Lock hospitals Punjab
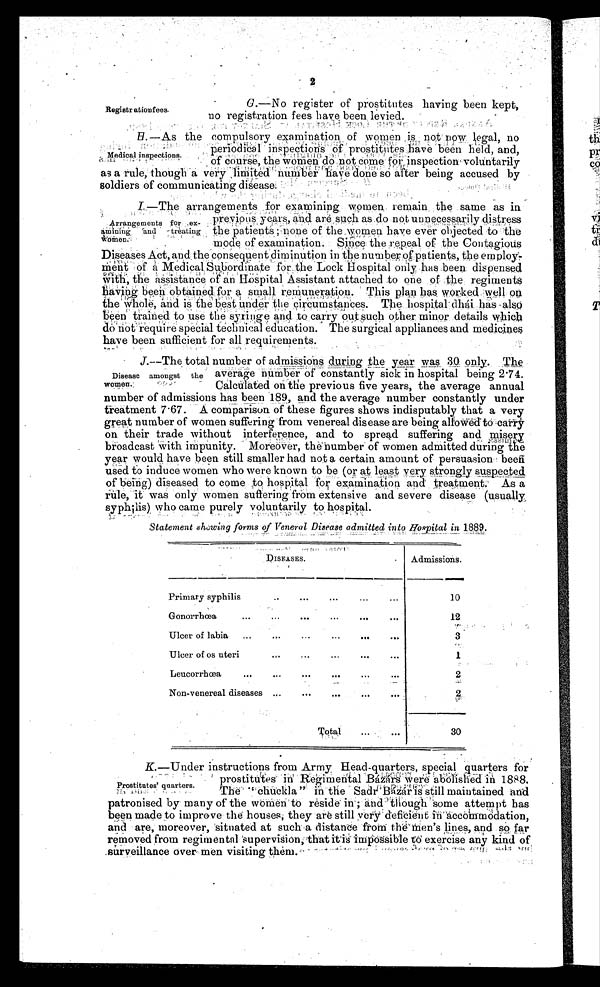
2
Registr ationfees.
G.—No register of prostitutes having been kept,
no registration fees have: been levied.
H.—As the compulsory examination of women not now legal, no
periodical inspections of prostitutes have been held, and,
of course, the women do not come for l inspection voluntarily
as a rule, though a very limited number have done so after being accused by
soldiers of communicating disease:
previous, years, and are such as do not unnecessarily distress
the patients none of the women have ever objected to the
mode of examination. Sin ce the repeal of the Contagious
Diseases Act, and the consequent diminution in the number of patients, the employ-
ment of a Medi cal Subordi nat e for t he Lock Hospi t al onl y has been di spensed
with, the assistance of an Hospital Assistant attached to one of the regiments
having been obtained for a small remuneration. This plan has worked well on
the whole, and is the best under the circumstances. The hospital . dhái has also
been trained to use the syringe and to carry out such other minor details which
do not require special technical education. The surgical appliances and medicines
have been sufficient for all requirements.
J.—The total number of admissions during the year was 30 only. The
average number of constantly sick in hospital being 2.74.
Calculated on the previous five years, the average annual
number of admissions has been 189, and the average number constantly under
treatment 7.67. A comparison of these figures shows indisputably that a very
great number of women suffering from venereal disease are being allowed to carry
on their trade without interference, and to spread suffering and misery
broadcast with impunity. Moreover, the number of women admitted during the
year would have been still smaller had not a certain amount of persuasion been
used to induce women who were known to be (or at least very strongly suspected
of being) diseased to come to hospital for examination and treatment. As a
rule, it was only women suffering from extensive and severe disease (usually
syphilis) who came purely voluntarily to hospital.
Statement showing forms of Veneral Disease admitted into Hospital in 1889.
DISEASES.
Admissions.
Primary syphilis
..
. . .
...
. . .
. . .
10
Gonorrhoea
..
. . .
. . .
...
. . .
...
12
Ulcer of labia
...
...
...
...
. . .
. . .
3
Ulcer of os uteri
. . .
...
...
. . .
. . .
1
Leucorrhcea
..
...
. . .
...
. . .
. . .
2
Non-venereal diseases ...
. . .
...
. . .
...
2
Total
30
K.—Under instructions from Army Head-quarters, special quarters for
prostitutes in Regimental Bázárs were abolished in 1888.
The. " chuckla " in the Sadr Bazar is still maintained and
patronised by many of the women to reside in . ; and though some attempt has
been made to improve the houses, they are still very deficient in accodmmdation,
and are, moreover, situated at such a distance from the men's lines, and so far
removed from regimental supervision; that it is impossible to exercise any kind of
.surveillance over men visiting them. r I r '
Medical inspections.
Arrangments for
e x - a m i n i n g a n d t r e a t i n g
w o m e n .
Disease amongst the
women.
Prostitutes' quarters.